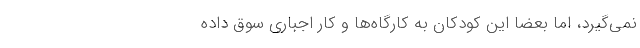
نمی‌گیرد، اما بعضا این کودکان به کارگاه‌ها و کار اجباری سوق داده